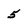
Character: 5